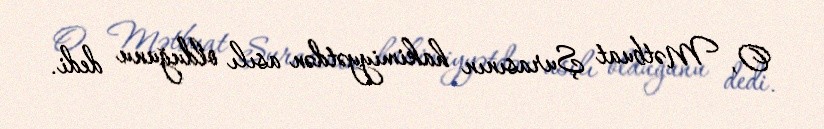
O, Mətbuat Şurasının hakimiyyətdən asılı olduğunu dedi.